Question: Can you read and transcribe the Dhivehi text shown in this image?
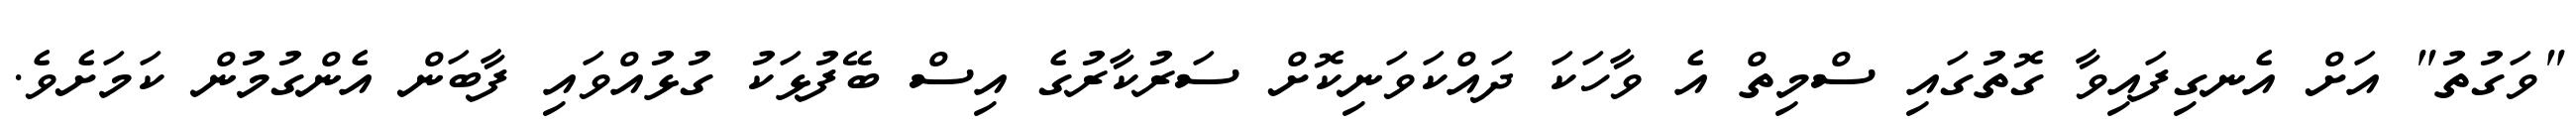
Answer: "ވަގުތު" އަށް އެނގިފައިވާ ގޮތުގައި ސްމިތް އެ ވާހަކަ ދައްކަވަނިކޮށް ސަރުކާރުގެ އިސް ބޭފުޅަކު ގުޅުއްވައި ފާބަން އެންގުމުން ކަމަށެވެ.